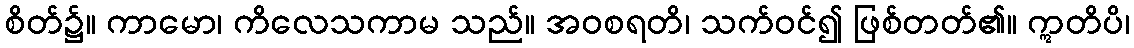
စိတ်၌။ ကာမော၊ ကိလေသကာမ သည်။ အဝစရတိ၊ သက်ဝင်၍ ဖြစ်တတ်၏။ ဣတိပိ၊